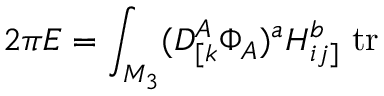
2 \pi { \cal E } = \int _ { M _ { 3 } } ( D _ { [ k } ^ { A } \Phi _ { A } ) ^ { a } H _ { i j ] } ^ { b } \ \mathrm { t r }